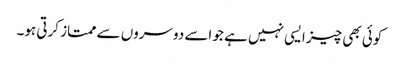
کوئی بھی چیز ایسی نہیں ہے جو اسے دوسروں سے ممتاز کرتی ہو۔